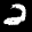
Label: 2